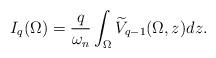
LaTeX: \begin{align*}I_{q}(\Omega)=\frac{q}{\omega_{n}}\int_{\Omega}\widetilde{V}_{q-1}(\Omega,z)dz.\end{align*}